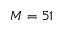
M = 5 1